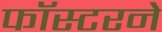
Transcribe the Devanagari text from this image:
फॉस्टरने